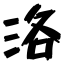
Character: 洛